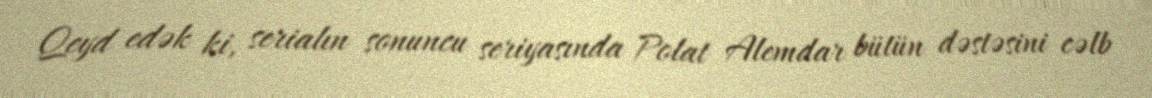
Qeyd edək ki, serialın sonuncu seriyasında Polat Alemdar bütün dəstəsini cəlb